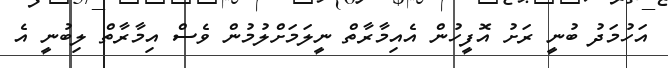
އަހުމަދު ބުނީ ރަށު އޮފީހުން އެއިމާރާތް ނީލަމަށްލުމުން ވެސް އިމާރާތް ލިބުނީ އެ